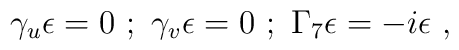
\gamma_u \epsilon  = 0 ~;~ \gamma_v \epsilon = 0 ~;~\Gamma_7 \epsilon = -i \epsilon~,